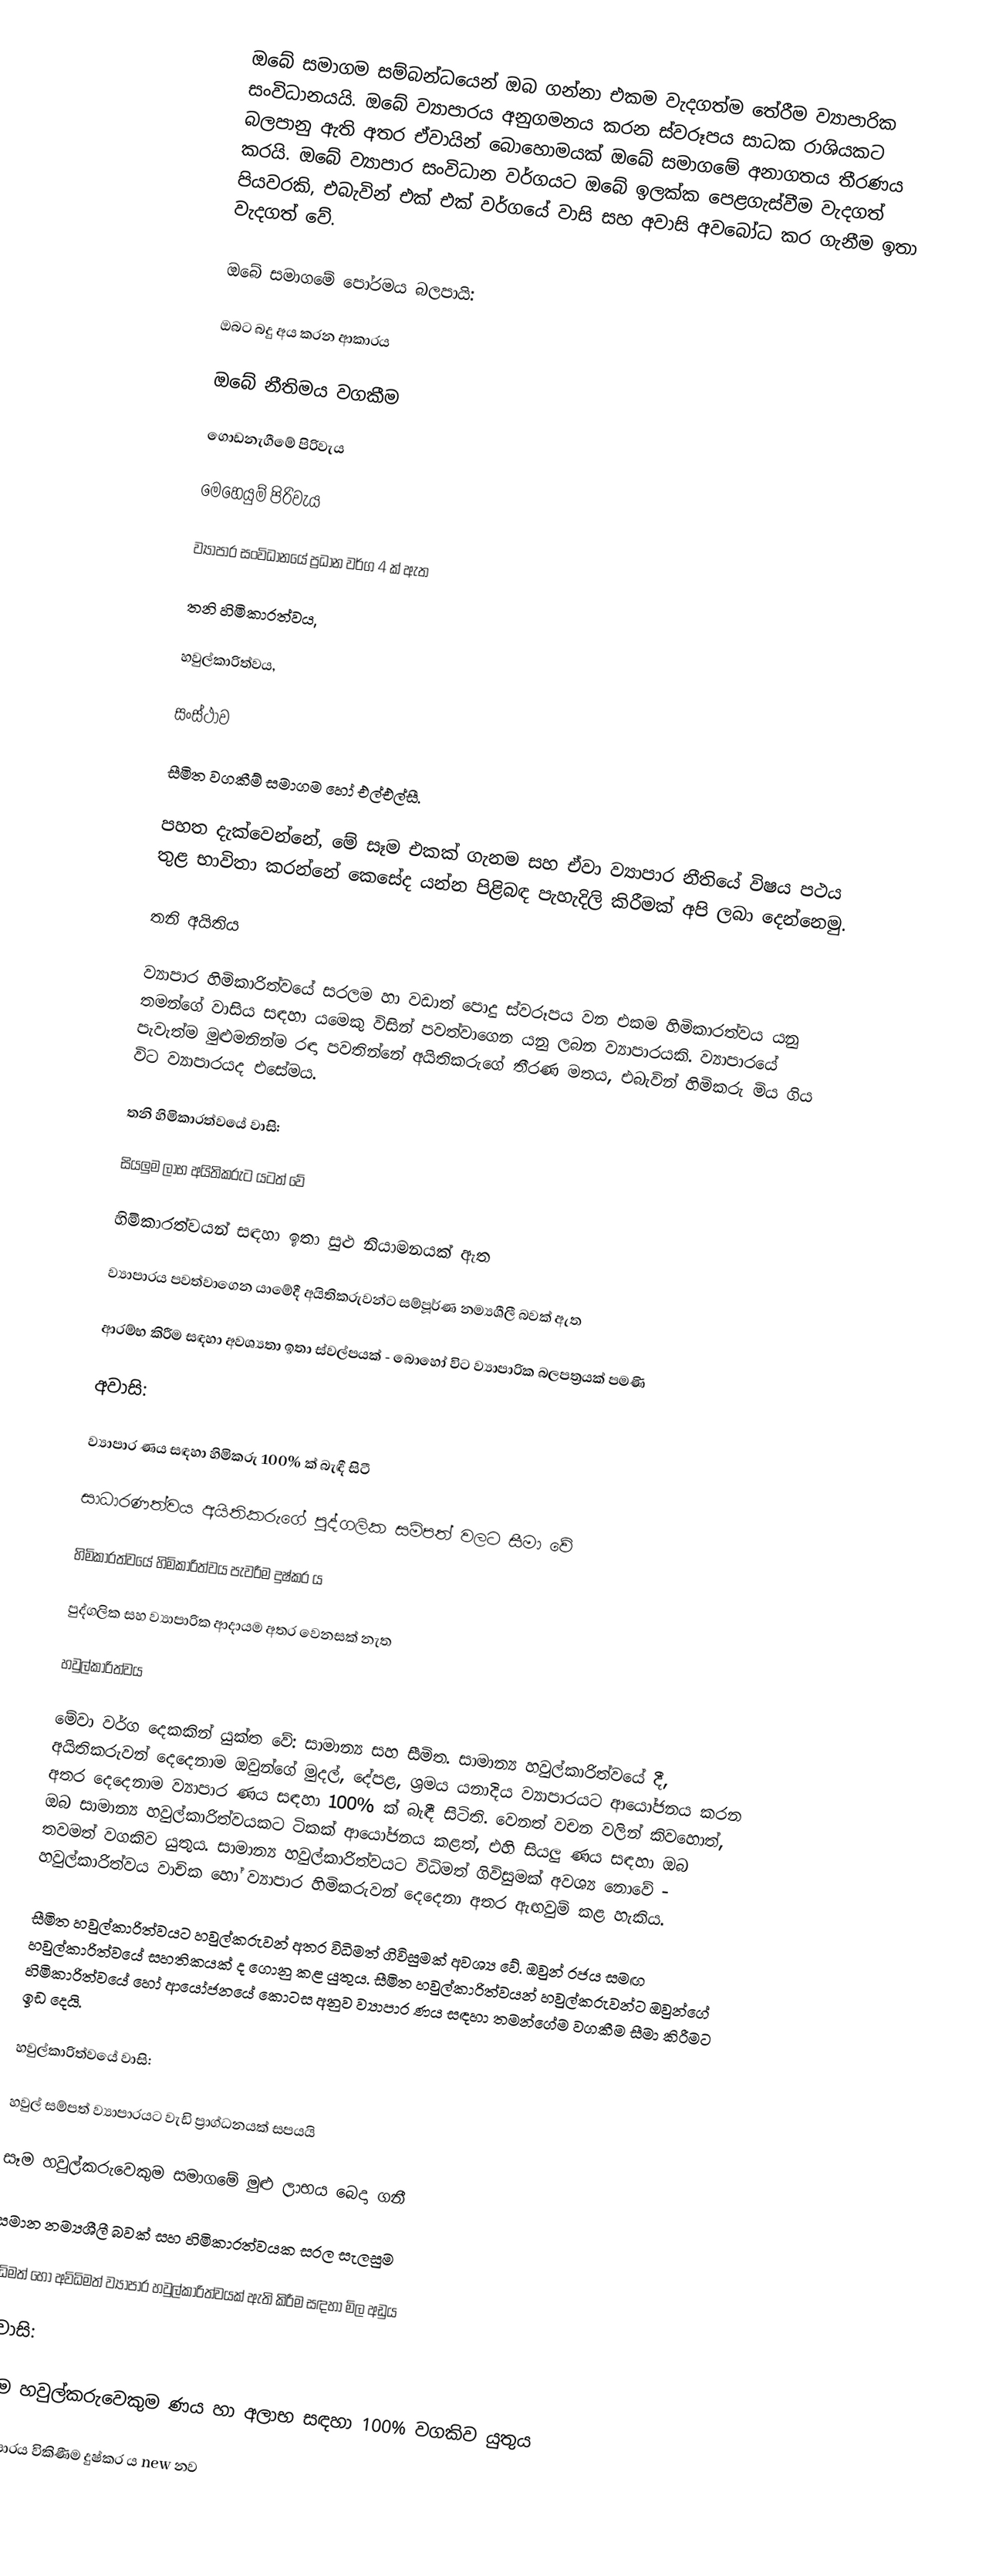
ඔබේ සමාගම සම්බන්ධයෙන් ඔබ ගන්නා එකම වැදගත්ම තේරීම ව්‍යාපාරික සංවිධානයයි. ඔබේ ව්‍යාපාරය අනුගමනය කරන ස්වරූපය සාධක රාශියකට බලපානු ඇති අතර ඒවායින් බොහොමයක් ඔබේ සමාගමේ අනාගතය තීරණය කරයි. ඔබේ ව්‍යාපාර සංවිධාන වර්ගයට ඔබේ ඉලක්ක පෙළගැස්වීම වැදගත් පියවරකි, එබැවින් එක් එක් වර්ගයේ වාසි සහ අවාසි අවබෝධ කර ගැනීම ඉතා වැදගත් වේ.

ඔබේ සමාගමේ පෝරමය බලපායි:

ඔබට බදු අය කරන ආකාරය

ඔබේ නීතිමය වගකීම

ගොඩනැගීමේ පිරිවැය

මෙහෙයුම් පිරිවැය

ව්‍යාපාර සංවිධානයේ ප්‍රධාන වර්ග 4 ක් ඇත

තනි හිමිකාරත්වය,

හවුල්කාරිත්වය,

සංස්ථාව

සීමිත වගකීම් සමාගම හෝ එල්එල්සී.

පහත දැක්වෙන්නේ, මේ සෑම එකක් ගැනම සහ ඒවා ව්‍යාපාර නීතියේ විෂය පථය තුළ භාවිතා කරන්නේ කෙසේද යන්න පිළිබඳ පැහැදිලි කිරීමක් අපි ලබා දෙන්නෙමු.

තනි අයිතිය

ව්‍යාපාර හිමිකාරිත්වයේ සරලම හා වඩාත් පොදු ස්වරූපය වන එකම හිමිකාරත්වය යනු තමන්ගේ වාසිය සඳහා යමෙකු විසින් පවත්වාගෙන යනු ලබන ව්‍යාපාරයකි. ව්‍යාපාරයේ පැවැත්ම මුළුමනින්ම රඳා පවතින්නේ අයිතිකරුගේ තීරණ මතය, එබැවින් හිමිකරු මිය ගිය විට ව්‍යාපාරයද එසේමය.

තනි හිමිකාරත්වයේ වාසි:

සියලුම ලාභ අයිතිකරුට යටත් වේ

හිමිකාරත්වයන් සඳහා ඉතා සුළු නියාමනයක් ඇත

ව්‍යාපාරය පවත්වාගෙන යාමේදී අයිතිකරුවන්ට සම්පූර්ණ නම්‍යශීලී බවක් ඇත

ආරම්භ කිරීම සඳහා අවශ්‍යතා ඉතා ස්වල්පයක් - බොහෝ විට ව්‍යාපාරික බලපත්‍රයක් පමණි

අවාසි:

ව්‍යාපාර ණය සඳහා හිමිකරු 100% ක් බැඳී සිටී

සාධාරණත්වය අයිතිකරුගේ පුද්ගලික සම්පත් වලට සීමා වේ

හිමිකාරත්වයේ හිමිකාරිත්වය පැවරීම දුෂ්කර ය

පුද්ගලික සහ ව්‍යාපාරික ආදායම අතර වෙනසක් නැත

හවුල්කාරිත්වය

මේවා වර්ග දෙකකින් යුක්ත වේ: සාමාන්‍ය සහ සීමිත. සාමාන්‍ය හවුල්කාරිත්වයේ දී, අයිතිකරුවන් දෙදෙනාම ඔවුන්ගේ මුදල්, දේපළ, ශ්‍රමය යනාදිය ව්‍යාපාරයට ආයෝජනය කරන අතර දෙදෙනාම ව්‍යාපාර ණය සඳහා 100% ක් බැඳී සිටිති. වෙනත් වචන වලින් කිවහොත්, ඔබ සාමාන්‍ය හවුල්කාරිත්වයකට ටිකක් ආයෝජනය කළත්, එහි සියලු ණය සඳහා ඔබ තවමත් වගකිව යුතුය. සාමාන්‍ය හවුල්කාරිත්වයට විධිමත් ගිවිසුමක් අවශ්‍ය නොවේ - හවුල්කාරිත්වය වාචික හෝ ව්‍යාපාර හිමිකරුවන් දෙදෙනා අතර ඇඟවුම් කළ හැකිය.

සීමිත හවුල්කාරිත්වයට හවුල්කරුවන් අතර විධිමත් ගිවිසුමක් අවශ්‍ය වේ. ඔවුන් රජය සමඟ හවුල්කාරිත්වයේ සහතිකයක් ද ගොනු කළ යුතුය. සීමිත හවුල්කාරිත්වයන් හවුල්කරුවන්ට ඔවුන්ගේ හිමිකාරිත්වයේ හෝ ආයෝජනයේ කොටස අනුව ව්‍යාපාර ණය සඳහා තමන්ගේම වගකීම සීමා කිරීමට ඉඩ දෙයි.

හවුල්කාරිත්වයේ වාසි:

හවුල් සම්පත් ව්‍යාපාරයට වැඩි ප්‍රාග්ධනයක් සපයයි

සෑම හවුල්කරුවෙකුම සමාගමේ මුළු ලාභය බෙදා ගනී

සමාන නම්‍යශීලී බවක් සහ හිමිකාරත්වයක සරල සැලසුම

විධිමත් හෝ අවිධිමත් ව්‍යාපාර හවුල්කාරිත්වයක් ඇති කිරීම සඳහා මිල අඩුය

අවාසි:

සෑම හවුල්කරුවෙකුම ණය හා අලාභ සඳහා 100% වගකිව යුතුය

ව්‍යාපාරය විකිණීම දුෂ්කර ය new නව